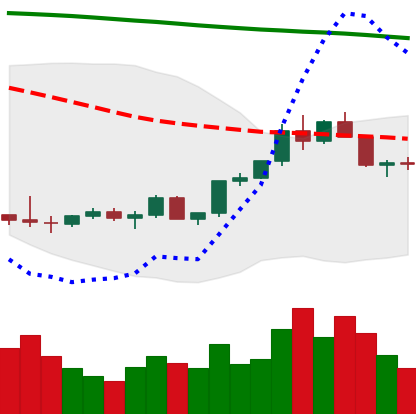
Ticker: LTC-USD
Chart end date: 2022-02-13
Forward return: -8.722%
Label: down_7plus